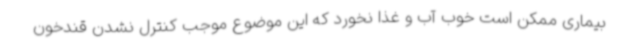
بیماری ممکن است خوب آب و غذا نخورد که این موضوع موجب کنترل نشدن قندخون